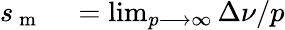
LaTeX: \begin{array}{rl}{s_{\mathrm{~m~}}}&{{}=\operatorname*{lim}_{p\longrightarrow\infty}\Delta\nu/p}\end{array}